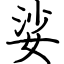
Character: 娑